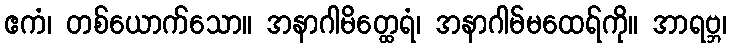
ဧကံ၊ တစ်ယောက်သော။ အနာဂါမိတ္ထေရံ၊ အနာဂါမ်မထေရ်ကို။ အာရဗ္ဘ၊